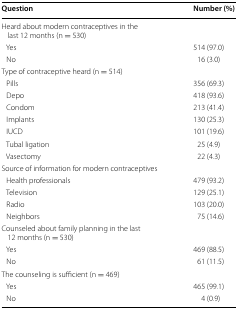
<table><thead><tr><td><b>Question</b></td><td><b>Number (%)</b></td></tr></thead><tbody><tr><td colspan="2">Heard about modern contraceptives in the last 12 months (n = 530)</td></tr><tr><td> Yes</td><td>514 (97.0)</td></tr><tr><td> No</td><td>16 (3.0)</td></tr><tr><td colspan="2">Type of contraceptive heard (n = 514)</td></tr><tr><td> Pills</td><td>356 (69.3)</td></tr><tr><td> Depo</td><td>418 (93.6)</td></tr><tr><td> Condom</td><td>213 (41.4)</td></tr><tr><td> Implants</td><td>130 (25.3)</td></tr><tr><td> IUCD</td><td>101 (19.6)</td></tr><tr><td> Tubal ligation</td><td>25 (4.9)</td></tr><tr><td> Vasectomy</td><td>22 (4.3)</td></tr><tr><td colspan="2">Source of information for modern contraceptives</td></tr><tr><td> Health professionals</td><td>479 (93.2)</td></tr><tr><td> Television</td><td>129 (25.1)</td></tr><tr><td> Radio</td><td>103 (20.0)</td></tr><tr><td> Neighbors</td><td>75 (14.6)</td></tr><tr><td colspan="2">Counseled about family planning in the last 12 months (n = 530)</td></tr><tr><td> Yes</td><td>469 (88.5)</td></tr><tr><td> No</td><td>61 (11.5)</td></tr><tr><td colspan="2">The counseling is sufficient (n = 469)</td></tr><tr><td> Yes</td><td>465 (99.1)</td></tr><tr><td> No</td><td>4 (0.9)</td></tr></tbody></table>